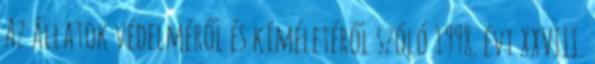
Az állatok védelméről és kíméletéről szóló 1998. évi XXVIII.